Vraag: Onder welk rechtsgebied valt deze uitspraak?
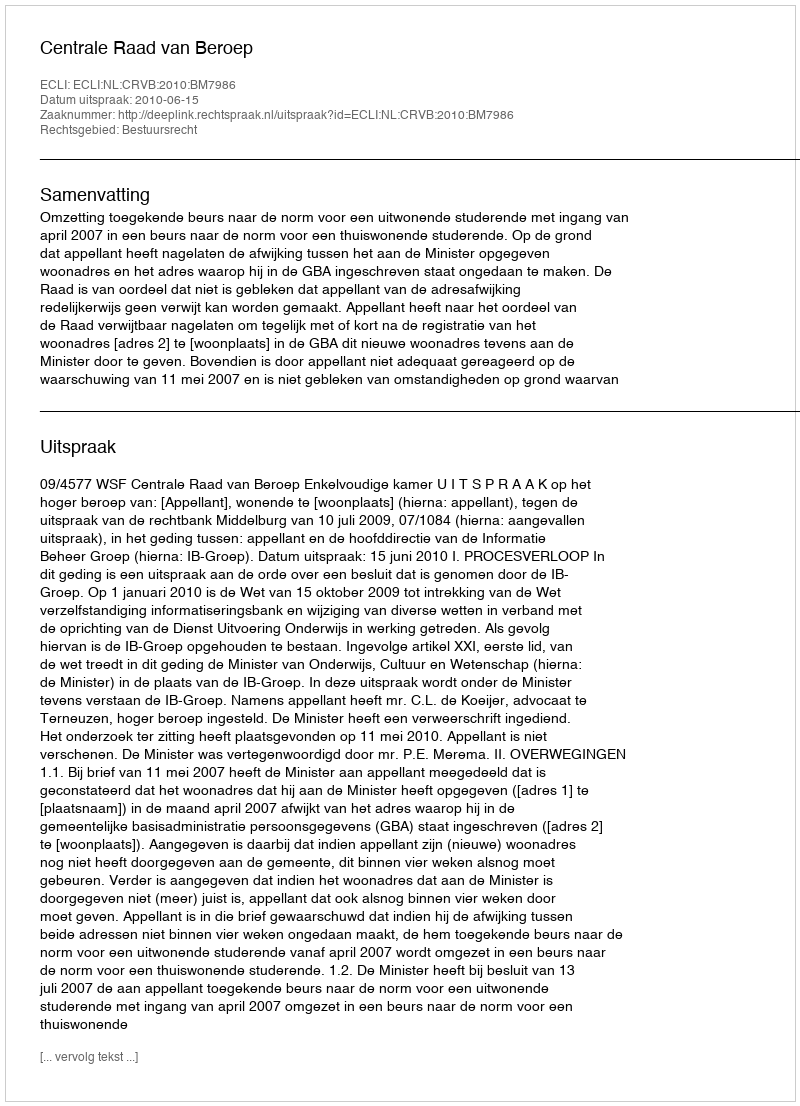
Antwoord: Bestuursrecht